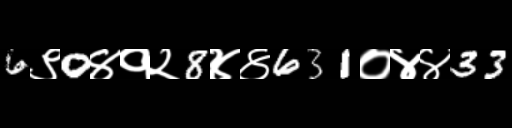
Text: 6९0४१२8४४631०४४33